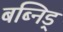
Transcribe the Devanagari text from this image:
बब्निड्